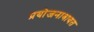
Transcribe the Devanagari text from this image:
प्रयोजनाबाबत